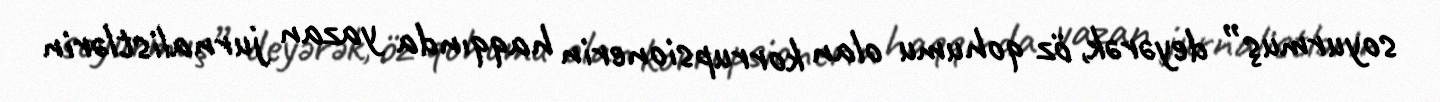
soyurmuş” deyərək, öz qohumu olan korrupsionerin haqqında yazan jurnalistlərin